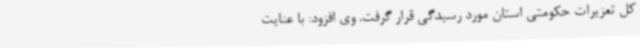
کل تعزیرات حکومتی استان مورد رسیدگی قرار گرفت. وی افزود: با عنایت